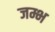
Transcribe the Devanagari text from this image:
जम्भ